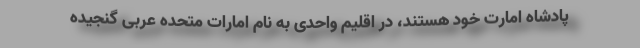
پادشاه امارت خود هستند، در اقلیم واحدی به نام امارات متحده عربی گنجیده